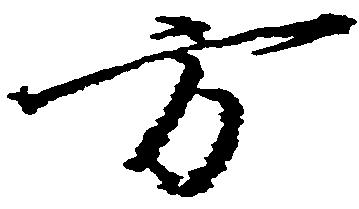
方